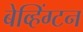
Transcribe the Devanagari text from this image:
बेव्हिंग्टन